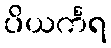
ပိယင်္ကရ